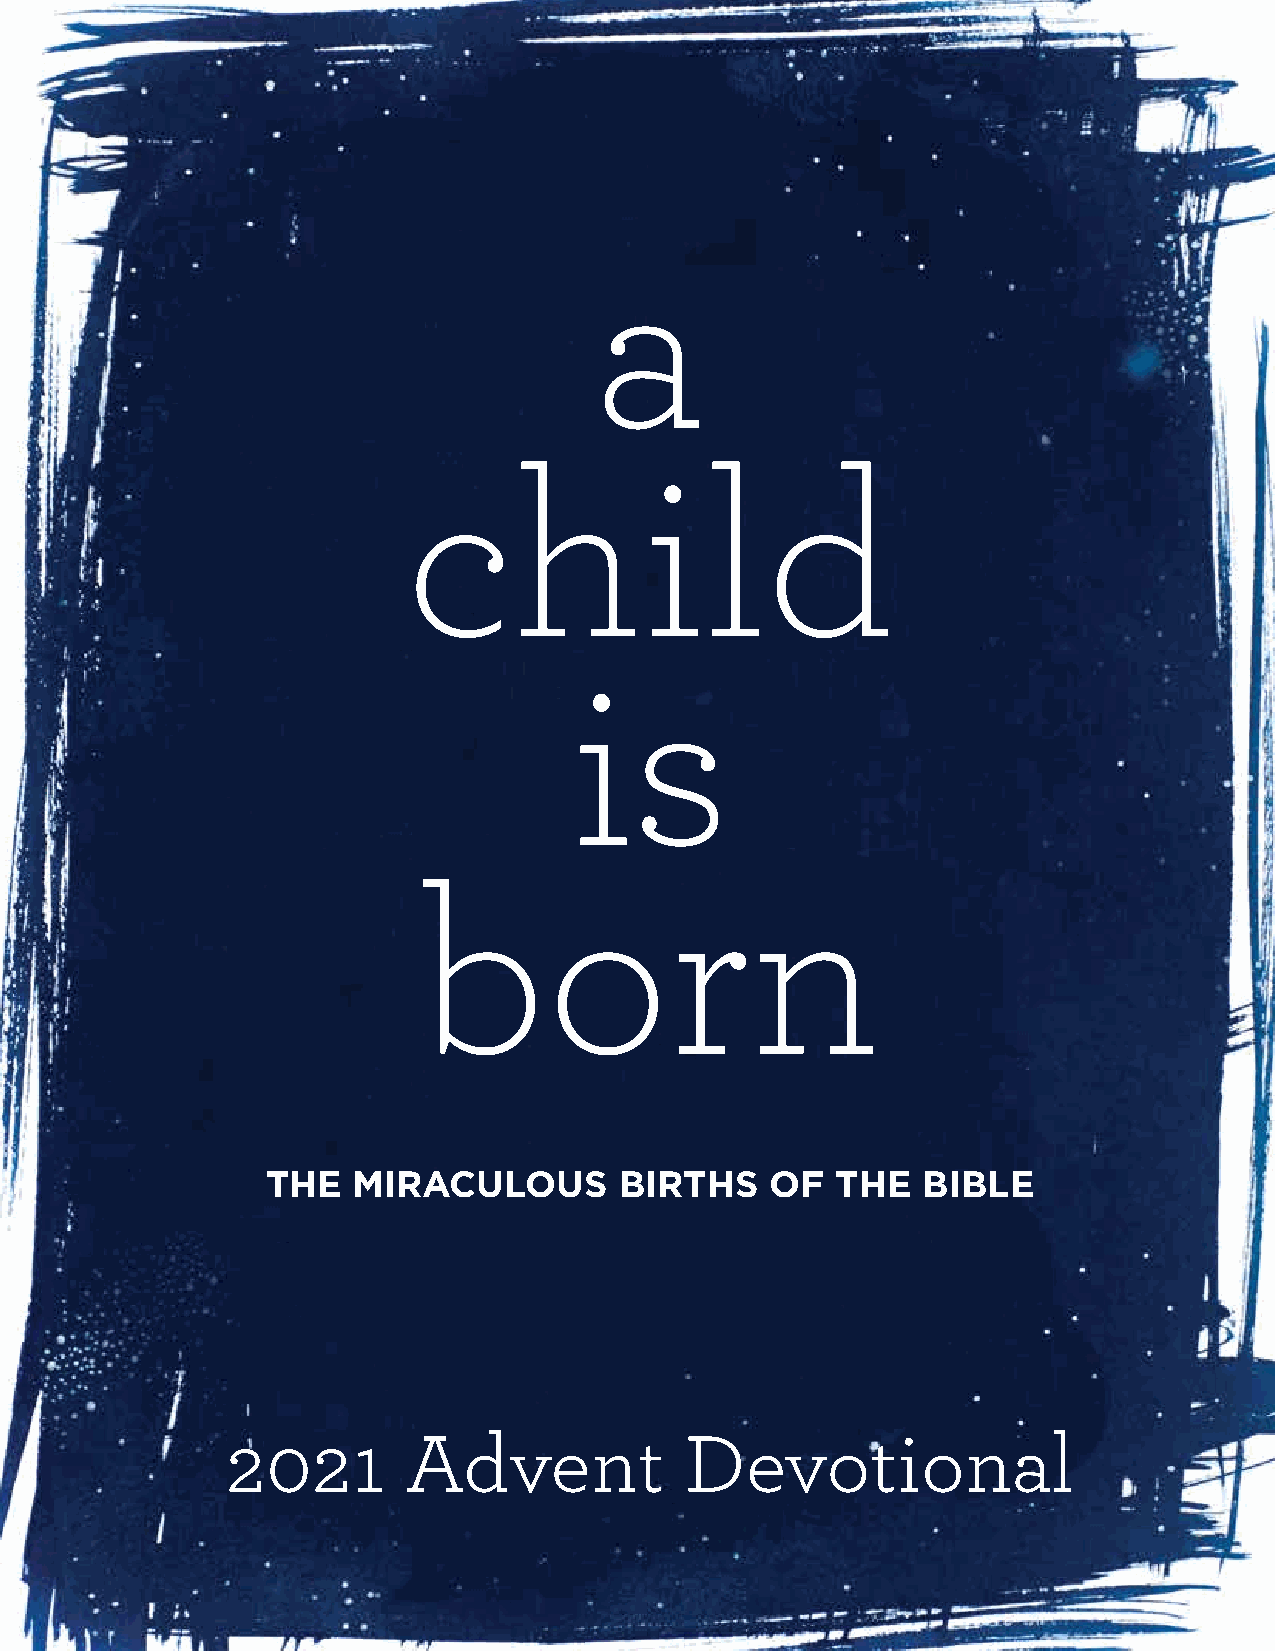
a
 child
 is
 born
 THE  MIRACULOUS        BIRTHS    OF  THE   BIBLE
 2021        Advent            Devotional